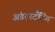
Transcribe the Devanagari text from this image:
अंडरस्टँडिंग